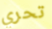
تحري